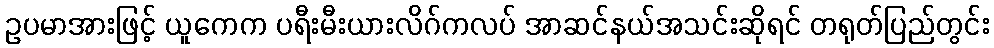
ဥပမာအားဖြင့် ယူကေက ပရီးမီးယားလိဂ်ကလပ် အာဆင်နယ်အသင်းဆိုရင် တရုတ်ပြည်တွင်း